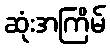
ဆုံးအကြိမ်